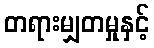
တရားမျှတမှုနှင့်